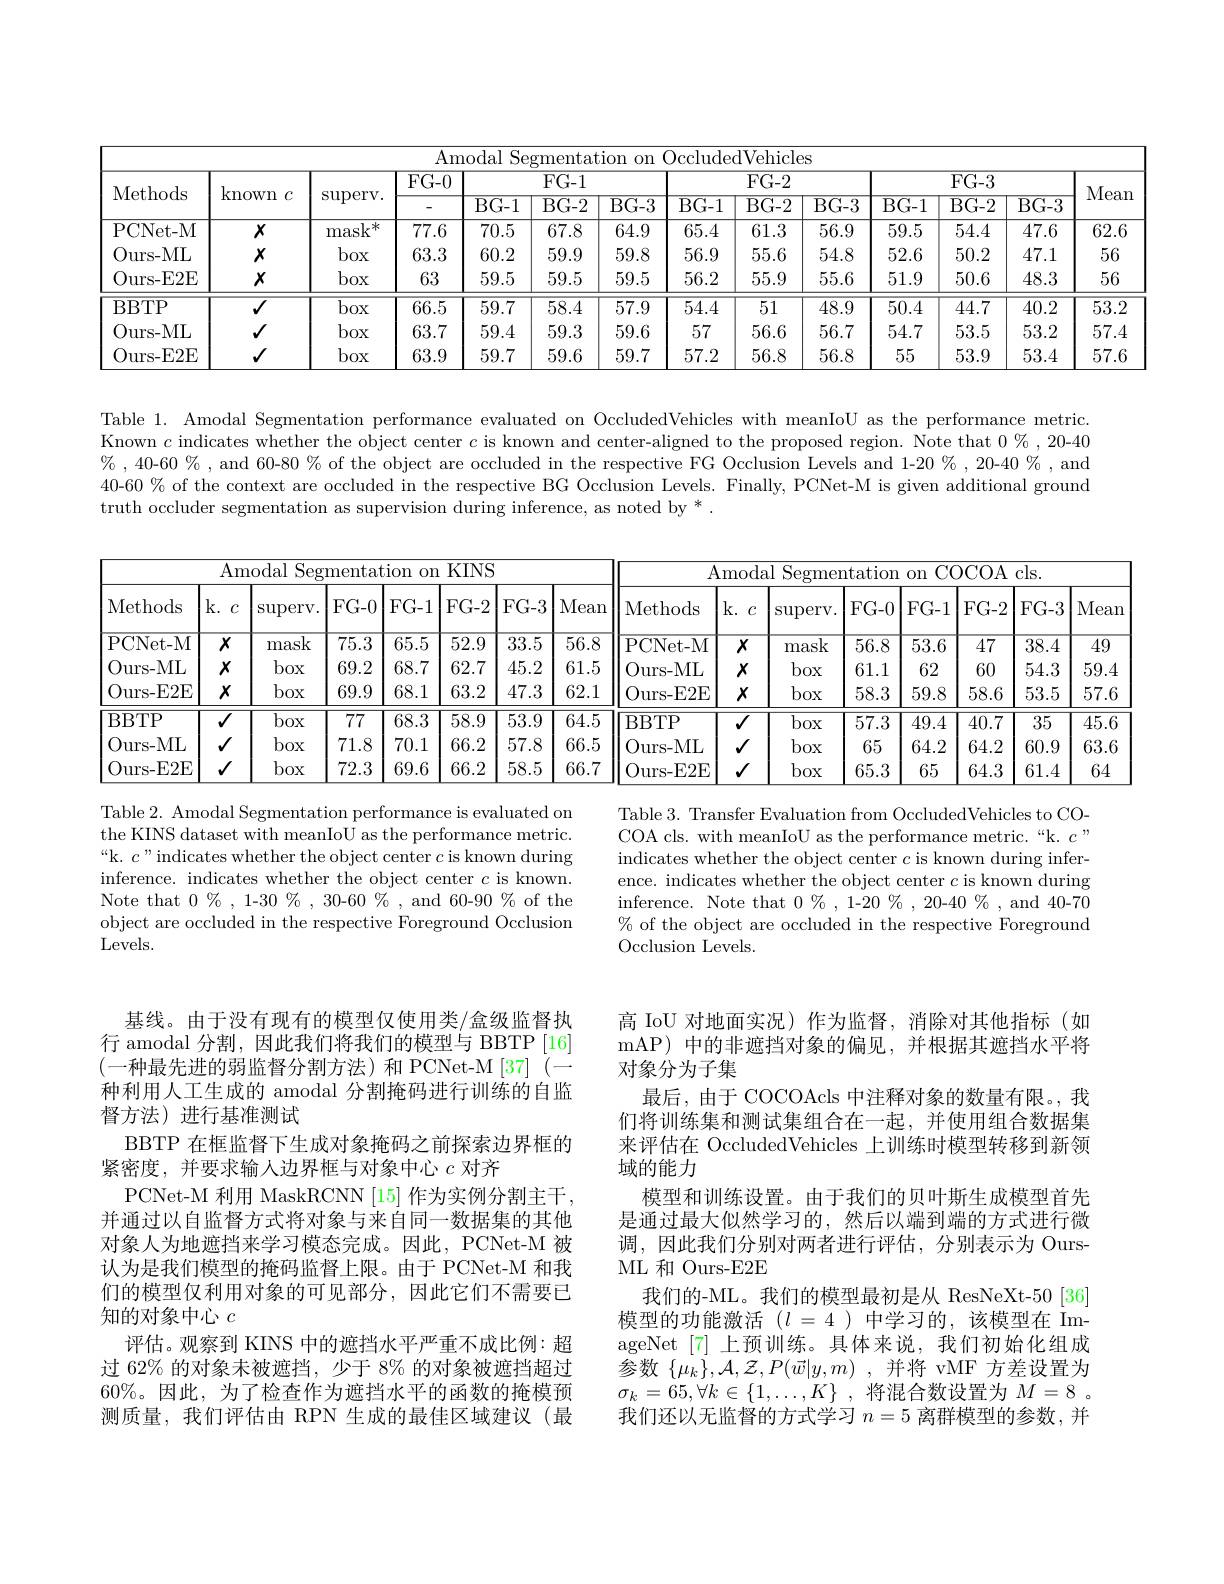
<table>
	<tbody>
		<tr>
			<th colspan="13">Amodal Segmentation on OccludedVehicles</th>
			<th rowspan="3">Mea</th>
		</tr>
		<tr>
			<th rowspan="2">Methods</th>
			<th rowspan="2">known $C$</th>
			<th rowspan="2">$\operatorname{superv}.$</th>
			<th rowspan="2">$\overline{\mathrm{FG-0}}$</th>
			<th colspan="2">$FG-1$</th>
			<th rowspan="1">$FG-1$</th>
			<th colspan="3">$FG-2$</th>
			<th colspan="3">$FG-3$</th>
		</tr>
		<tr>
			<th>$\overline{\mathrm{BG-1}}$</th>
			<th>$\overline{\mathrm{BG-2}}$</th>
			<th>$\overline{\mathrm{BG-3}}$</th>
			<th>$\overline{\mathrm{BG-1}}$</th>
			<th>$\overline{\mathrm{BG-2}}$</th>
			<th>$\overline{\mathrm{BG-3}}$</th>
			<th>$\overline{\mathrm{BG-1}}$</th>
			<th>$\overline{\mathrm{BG-2}}$</th>
			<th>$\overline{\mathrm{BG-3}}$</th>
		</tr>
		<tr>
			<td>PCNet- M</td>
			<td>$X$</td>
			<td>mask</td>
			<td>77.6</td>
			<td>70.5</td>
			<td>67.8</td>
			<td>64.9</td>
			<td>65.4</td>
			<td>61.3</td>
			<td>56.9</td>
			<td>59.5</td>
			<td>54.4</td>
			<td>47.6</td>
			<td>62.</td>
		</tr>
		<tr>
			<td>Ours- ML</td>
			<td>$X$</td>
			<td>box</td>
			<td>63.3</td>
			<td>60.2</td>
			<td>59.9</td>
			<td>59.8</td>
			<td>56.9</td>
			<td>55.6</td>
			<td>54.8</td>
			<td>52.6</td>
			<td>50.2</td>
			<td>47.1</td>
			<td>56</td>
		</tr>
		<tr>
			<td>$Ours-.$ .E2E</td>
			<td>$X$</td>
			<td>box</td>
			<td>63</td>
			<td>59.5</td>
			<td>59.5</td>
			<td>59.5</td>
			<td>56.2</td>
			<td>55.9</td>
			<td>55.6</td>
			<td>51.9</td>
			<td>50.6</td>
			<td>48.3</td>
			<td>56</td>
		</tr>
		<tr>
			<td>BBTP</td>
			<td>$\overline{J}$</td>
			<td>box</td>
			<td>66.5</td>
			<td>59.7</td>
			<td>58.4</td>
			<td>57.9</td>
			<td>54.4</td>
			<td>51</td>
			<td>48.9</td>
			<td>50.4</td>
			<td>44.7</td>
			<td>40.2</td>
			<td>$\overline{53.}$</td>
		</tr>
		<tr>
			<td>Ours- ML</td>
			<td>$√$</td>
			<td>box</td>
			<td>63.7</td>
			<td>59.4</td>
			<td>59.3</td>
			<td>59.6</td>
			<td>57</td>
			<td>56.6</td>
			<td>56.7</td>
			<td>54.7</td>
			<td>53.5</td>
			<td>53.2</td>
			<td>57.</td>
		</tr>
		<tr>
			<td>$Ours-$ .E2E</td>
			<td>$√$</td>
			<td>box</td>
			<td>63.9</td>
			<td>59.7</td>
			<td>59.6</td>
			<td>59.7</td>
			<td>57.2</td>
			<td>56.8</td>
			<td>56.8</td>
			<td>55</td>
			<td>53.9</td>
			<td>53.4</td>
			<td>57.</td>
		</tr>
	</tbody>
</table>

Table 1. Amodal Segmentation performance evaluated on OccludedVehicles with meanIoU as the performance metric. Known $c$ indicates whether the object center $c$ is known and center-aligned to the proposed region. Note that $0\%,20$-40 % , 40-60 % , and 60-80 % of the object are occluded in the respective FG Occlusion Levels and 1-20 % , 20-40 % , and 40-60 % of the context are occluded in the respective BG Occlusion Levels. Finally, PCNet-M is given additional ground truth occluder segmentation as supervision during inference, as noted by * .

<table>
	<tbody>
		<tr>
			<th> </th>
			<th colspan="7">Amodal Segmentation on KINS</th>
			<th colspan="8">Amodal s Seg tation $0n$ COCOA cls. </th>
		</tr>
		<tr>
			<th>Methods</th>
			<th>$k.$ $C$</th>
			<th>$\operatorname{superv}.$</th>
			<th>$FG-0$</th>
			<th>$FG-1$</th>
			<th>$FG-2$</th>
			<th>$FG-3$</th>
			<th>Mean</th>
			<th>Methods</th>
			<th>$k.$ $c$</th>
			<th>$\operatorname{superv}$</th>
			<th>$FG-0$</th>
			<th>$FG-1$</th>
			<th>$FG-2$</th>
			<th>$FG-3$</th>
			<th>Mea</th>
		</tr>
		<tr>
			<td>PCNet- M</td>
			<td>$\overline{x}$</td>
			<td>mask</td>
			<td>$\overline{75.3}$</td>
			<td>$\overline{65.5}$</td>
			<td>$\overline{52.9}$</td>
			<td>33.5</td>
			<td>56.8</td>
			<td>PCNet- M</td>
			<td>$\overline{X}$</td>
			<td>mask</td>
			<td>$\overline{56.8}$</td>
			<td>$\overline{53.6}$</td>
			<td>47</td>
			<td>38.4</td>
			<td>49</td>
		</tr>
		<tr>
			<td>Ours- ML</td>
			<td>$X$</td>
			<td>box</td>
			<td>69.2</td>
			<td>68.7</td>
			<td>62.7</td>
			<td>45.2</td>
			<td>61.5</td>
			<td>Ours- ML</td>
			<td>$X$</td>
			<td>box</td>
			<td>61.1</td>
			<td>62</td>
			<td>60</td>
			<td>54.3</td>
			<td>59.4</td>
		</tr>
		<tr>
			<td>Ours- E2E</td>
			<td>$x$</td>
			<td>box</td>
			<td>69.9</td>
			<td>68.1</td>
			<td>63.2</td>
			<td>47.3</td>
			<td>62.1</td>
			<td>0 $urs-$ .E2E</td>
			<td>$X$</td>
			<td>box</td>
			<td>58.3</td>
			<td>59.8</td>
			<td>58.6</td>
			<td>53.5</td>
			<td>57.6</td>
		</tr>
		<tr>
			<td>BBTP</td>
			<td>$V$</td>
			<td>box</td>
			<td>$\overline{77}$</td>
			<td>68.3</td>
			<td>$\overline{58.9}$</td>
			<td>53.9</td>
			<td>64.5</td>
			<td>BBTP</td>
			<td>$\overline{V}$</td>
			<td>box</td>
			<td>$\overline{57.3}$</td>
			<td>49.4</td>
			<td>40.7</td>
			<td>35</td>
			<td>$\overline{45.6}$</td>
		</tr>
		<tr>
			<td>Ours- ML</td>
			<td>1</td>
			<td>box</td>
			<td>71.8</td>
			<td>70.1</td>
			<td>66.2</td>
			<td>57.8</td>
			<td>66.5</td>
			<td>0 urs- ML</td>
			<td>$√$</td>
			<td>box</td>
			<td>65</td>
			<td>64.2</td>
			<td>64.2</td>
			<td>60.9</td>
			<td>63.6</td>
		</tr>
		<tr>
			<td>$Ours-.$ .E2E</td>
			<td>1</td>
			<td>box</td>
			<td>72.3</td>
			<td>69.6</td>
			<td>66.2</td>
			<td>58.5</td>
			<td>66.7</td>
			<td>$Ours-$ .E2E T 1 -</td>
			<td>$√$</td>
			<td>box</td>
			<td>65.3</td>
			<td>65</td>
			<td>64.3</td>
			<td>61.4</td>
			<td>64</td>
		</tr>
	</tbody>
</table>

Table 2. Amodal Segmentation performance is evaluated on the KINS dataset with meanIoU as the performance metric. “k. $c”$indicates whether the object center $c$ is known during inference. indicates whether the object center $c$ is known. Note that $0\%,1$-30%, 30-60%, and 60-90% of the object are occluded in the respective Foreground Occlusion Levels.

Table 3. Transfer Evaluation from OccludedVehicles to COCOA cls. with meanIoU as the performance metric.“k. $c”$ indicates whether the object center $c$ is known during inference. indicates whether the object center $c$ is known during inference. Note that $0\%,1$-20%, 20-40%, and 40-70 $\%$ of the object are occluded in the respective Foreground Occlusion Levels.

基线。由于没有现有的模型仅使用类/盒级监督执行 amodal 分割，因此我们将我们的模型与 BBTP [16] (一种最先进的弱监督分割方法)和 PCNet-M[37](— 种利用人工生成的 amodal 分割掩码进行训练的自监督方法)进行基准测试
BBTP 在框监督下生成对象掩码之前探索边界框的
紧密度，并要求输入边界框与对象中心$c$对齐
PCNet-M 利用 MaskRCNN [15] 作为实例分割主干， 并通过以自监督方式将对象与来自同一数据集的其他对象人为地遮挡来学习模态完成。因此，PCNet-M 被认为是我们模型的掩码监督上限。由于 PCNet-M 和我们的模型仅利用对象的可见部分，因此它们不需要已知的对象中心$c$
评估。观察到 KINS 中的遮挡水平严重不成比例：超过 62% 的对象未被遮挡，少于 8% 的对象被遮挡超过60%。因此，为了检查作为遮挡水平的函数的掩模预测质量，我们评估由 RPN 生成的最佳区域建议(最

高 IoU 对地面实况)作为监督，消除对其他指标(如mAP) 中的非遮挡对象的偏见，并根据其遮挡水平将对象分为子集
最后，由于 COCOAcls 中注释对象的数量有限。,我们将训练集和测试集组合在一起，并使用组合数据集来评估在 OccludedVehicles 上训练时模型转移到新领域的能力
模型和训练设置。由于我们的贝叶斯生成模型首先是通过最大似然学习的，然后以端到端的方式进行微调，因此我们分别对两者进行评估，分别表示为 OursML 和 Ours-E2E
我们的-ML。我们的模型最初是从 ResNeXt-50[36] 模型的功能激活($l=4$)中学习的，该模型在 ImageNet[7]上预训练。具体来说，我们初始化组成参数$\{\mu_k\},\mathcal{A},\mathcal{Z},P(\vec{w}|y,m)$ ,并将 vMF 方差设置为$\sigma _k= 65, \forall k\in \{ 1, \ldots , K\}$ ,将混合数设置为$M= 8$ 。我们还以无监督的方式学习$n=5$离群模型的参数，并